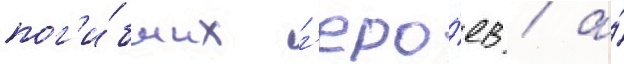
пог'и́бших г'еро́ев / а́